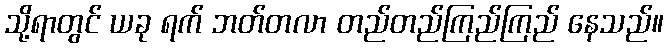
သို့ရာတွင် ယခု ရက် ဘတ်တလာ တည်တည်ကြည်ကြည် နေသည်။